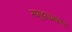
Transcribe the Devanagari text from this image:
समुद्राप्रमाणेच